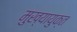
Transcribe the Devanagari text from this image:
मुख्यायुक्त